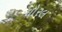
ઘોરલ